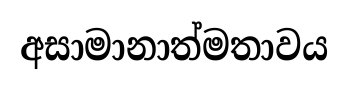
අසාමානාත්මතාවය